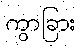
ကွာခြား